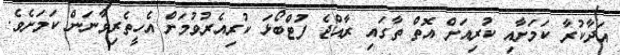
އަދާކުރާ ކަމަށާއި ކުރިއަށް އޮތް ތާގައި ރާއްޖެ ފުޓްބޯޅަ ކުރިއެރުވުމަށް އެހީތެރިވާނަން ކަމަށެވެ.